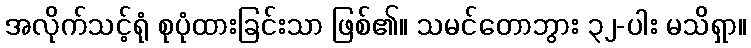
အလိုက်သင့်ရုံ စုပုံထားခြင်းသာ ဖြစ်၏။ သမင်တောဘွား ၃၂-ပါး မသိရှာ။